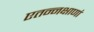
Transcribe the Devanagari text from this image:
एतन्नक्षाणां